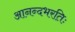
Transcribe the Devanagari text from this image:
आनन्दभरतिः